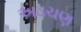
અડચણ